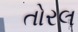
તોરલ